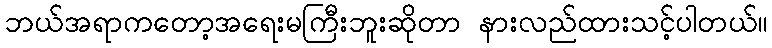
ဘယ်အရာကတော့အရေးမကြီးဘူးဆိုတာ နားလည်ထားသင့်ပါတယ်။